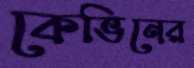
কেভিনের